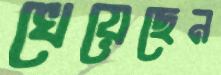
খেয়েছেন